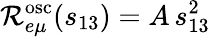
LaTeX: \mathcal{R}_{e\mu}^{\mathrm{osc}}(s_{13})=A\, s_{13}^{2}